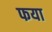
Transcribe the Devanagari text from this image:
फया